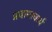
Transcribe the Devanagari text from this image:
प्रधामाचार्य